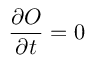
\displaystyle \frac { \partial { \cal O } } { \partial t } = 0